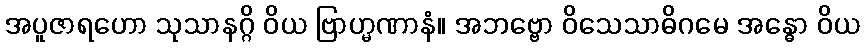
အပူဇာရဟော သုသာနဂ္ဂိ ဝိယ ဗြာဟ္မဏာနံ။ အဘဗ္ဗော ဝိသေသာဓိဂမေ အန္ဓော ဝိယ